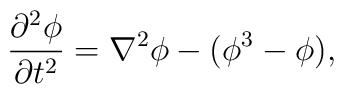
\frac{\partial^2 \phi}{\partial t^2} = \nabla^2 \phi - (\phi^3 - \phi),